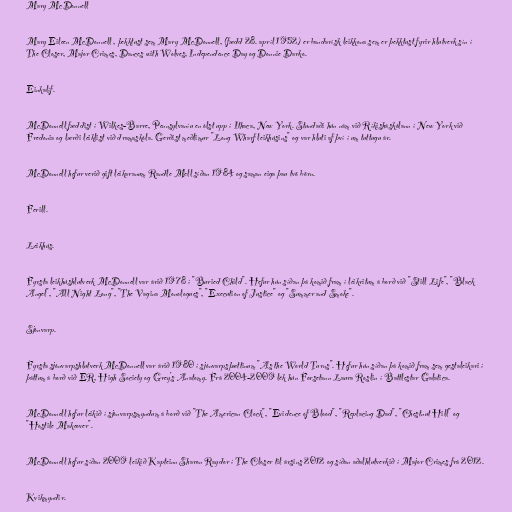
Mary McDonnell

Mary Eileen McDonnell , þekktust sem Mary McDonnell, (fædd 28. apríl 1952) er bandarísk leikkona sem er þekktust fyrir hlutverk sín í
The Closer, Major Crimes, Dances with Wolves, Independence Day og Donnie Darko.

Einkalíf.

McDonnell fæddist í Wilkes-Barre, Pennsylvaníu en ólst upp í Ithaca, New York. Stundaði hún nám við Ríkisháskólann í New York við
Fredonia og lærði leiklist við dramaskóla. Gerðist meðlimur "Long Wharf leikhúsins" og var hluti af því í um tuttugu ár.

McDonnell hefur verið gift leikaranum Randle Mell síðan 1984 og saman eiga þau tvö börn.

Ferill.

Leikhús.

Fyrsta leikhúshlutverk McDonnell var árið 1978 í "Buried Child". Hefur hún síðan þá komið fram í leikritum á borð við "Still Life", "Black
Angel", "All Night Long", "The Vagina Monologues", "Execution of Justice" og "Summer and Smoke".

Sjónvarp.

Fyrsta sjónvarpshlutverk McDonnell var árið 1980 í sjónvarpsþættinum "As the World Turns". Hefur hún síðan þá komið fram sem gestaleikari í
þáttum á borð við ER, High Society og Grey's Anatomy. Frá 2004-2009 lék hún Forsetann Laura Roslin í Battlestar Galatica.

McDonnell hefur leikið í sjónvarpsmyndum á borð við "The American Clock", "Evidence of Blood", "Replacing Dad", "Chestnut Hill" og
"Hostile Makeover".

McDonnell hefur síðan 2009 leikið Kapteinn Sharon Raydor í The Closer til ársins 2012 og síðan aðalhlutverkið í Major Crimes frá 2012.

Kvikmyndir.